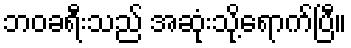
ဘဝခရီးသည် အဆုံးသို့ရောက်ပြီ။